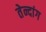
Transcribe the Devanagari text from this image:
तेन्दांग